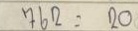
762 = 20